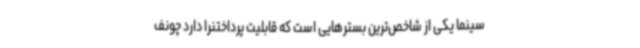
سینما یکی از شاخص‌ترین بسترهایی است که قابلیت پرداختنرا دارد چونف